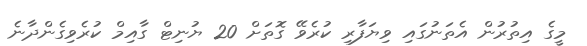
މީގެ އިތުރުން އެތަނުގައި ވިޔަފާރި ކުރެވޭ ގޮތަށް 20 ޔުނިޓް ގާއިމް ކުރެވިގެންދާނެ